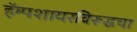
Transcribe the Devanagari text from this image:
हॅम्पशायरविरूद्धचा